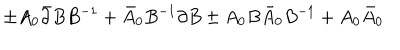
LaTeX: \pm A _ { 0 } \bar { \partial } B B ^ { - 1 } + \bar { A } _ { 0 } B ^ { - 1 } \partial B \pm A _ { 0 } B \bar { A } _ { 0 } B ^ { - 1 } + A _ { 0 } \bar { A } _ { 0 }